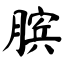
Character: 膑